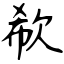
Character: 欷